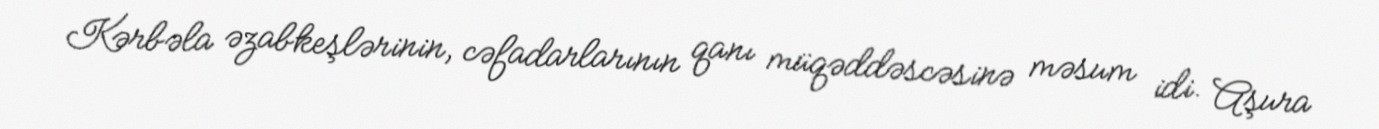
Kərbəla əzabkeşlərinin, cəfadarlarının qanı müqəddəscəsinə məsum idi. Aşura